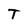
Character: T